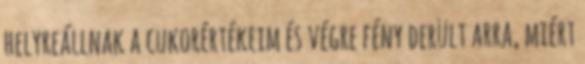
helyreállnak a cukorértékeim és végre fény derült arra, miért